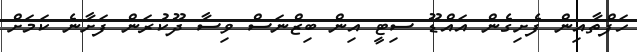
ހަފްތާއިން ފެށިގެން އައްޑޫ ސިޓީ އިން ބިޒްނަސް ވިސާ ދޫކުރަން ފަށާނެ ކަމަށް